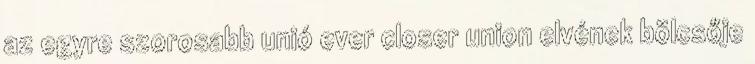
az egyre szorosabb unió ever closer union elvének bölcsője